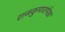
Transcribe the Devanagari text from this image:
राजकुमारांपेक्षा